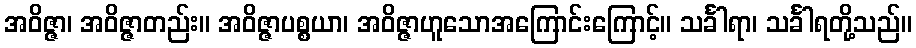
အဝိဇ္ဇာ၊ အဝိဇ္ဇာတည်း။ အဝိဇ္ဇာပစ္စယာ၊ အဝိဇ္ဇာဟူသောအကြောင်းကြောင့်။ သင်္ခါရာ၊ သင်္ခါရတို့သည်။